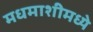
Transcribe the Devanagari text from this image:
मधमाशीमध्ये